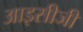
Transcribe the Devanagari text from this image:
आइसीजी